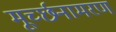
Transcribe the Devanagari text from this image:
मूर्च्छनामरण